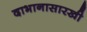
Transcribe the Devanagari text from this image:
दाभानासारखी